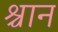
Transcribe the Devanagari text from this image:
श्चान